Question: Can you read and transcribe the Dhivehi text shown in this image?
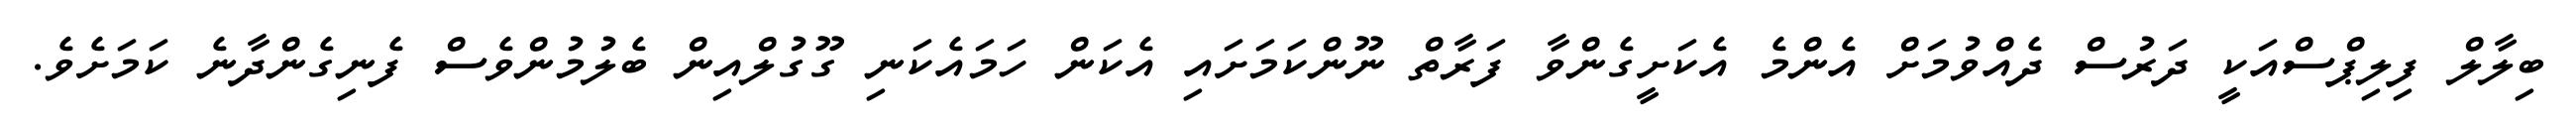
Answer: ބިލާލް ފިލިޕްސްއަކީ ދަރުސް ދެއްވުމަށް އެންމެ އެކަށީގެންވާ ފަރާތް ނޫންކަމަށައި އެކަން ހަމައެކަނި ގޫގުލްއިން ބެލުމުންވެސް ފެނިގެންދާނެ ކަމަށެވެ.